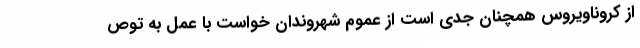
از کروناویروس همچنان جدی است از عموم شهروندان خواست با عمل به توص